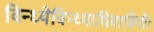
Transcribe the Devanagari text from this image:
विन्ध्येविन्ध्याधिवासिनी।